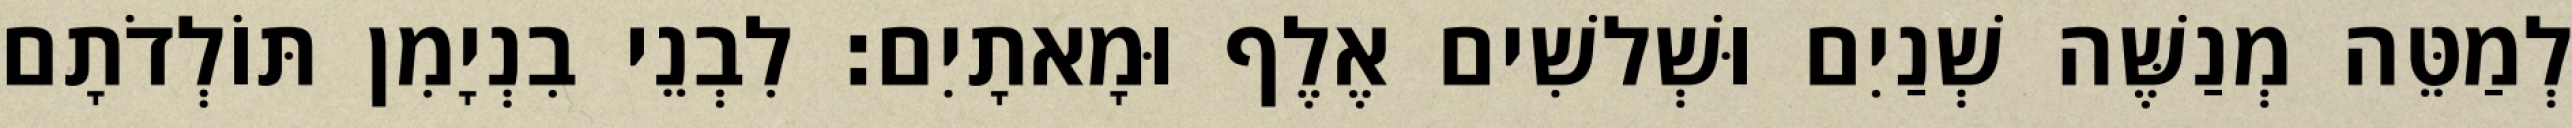
לְמַטֵּה מְנַשֶּׁה שְׁנַיִם וּשְׁלשִׁים אֶלֶף וּמָאתָיִם׃ לִבְנֵי בִנְיָמִן תּוֹלְדֹתָם